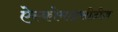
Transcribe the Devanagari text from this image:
ऐस्कोमाइसीटीज़